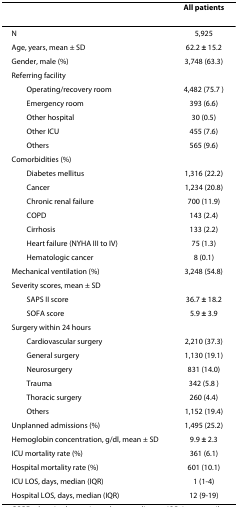
<table><thead><tr><td></td><td><b>All patients</b></td></tr></thead><tbody><tr><td>N</td><td>5,925</td></tr><tr><td>Age, years, mean ± SD</td><td>62.2 <b>± </b>15.2</td></tr><tr><td>Gender, male (%)</td><td>3,748 (63.3)</td></tr><tr><td>Referring facility</td><td></td></tr><tr><td> Operating/recovery room</td><td>4,482 (75.7 )</td></tr><tr><td> Emergency room</td><td>393 (6.6)</td></tr><tr><td> Other hospital</td><td>30 (0.5)</td></tr><tr><td> Other ICU</td><td>455 (7.6)</td></tr><tr><td> Others</td><td>565 (9.6)</td></tr><tr><td>Comorbidities (%)</td><td></td></tr><tr><td> Diabetes mellitus</td><td>1,316 (22.2)</td></tr><tr><td> Cancer</td><td>1,234 (20.8)</td></tr><tr><td> Chronic renal failure</td><td>700 (11.9)</td></tr><tr><td> COPD</td><td>143 (2.4)</td></tr><tr><td> Cirrhosis</td><td>133 (2.2)</td></tr><tr><td> Heart failure (NYHA III to IV)</td><td>75 (1.3)</td></tr><tr><td> Hematologic cancer</td><td>8 (0.1)</td></tr><tr><td>Mechanical ventilation (%)</td><td>3,248 (54.8)</td></tr><tr><td>Severity scores, mean ± SD</td><td></td></tr><tr><td> SAPS II score</td><td>36.7 <b>± </b>18.2</td></tr><tr><td> SOFA score</td><td>5.9 <b>± </b>3.9</td></tr><tr><td>Surgery within 24 hours</td><td></td></tr><tr><td> Cardiovascular surgery</td><td>2,210 (37.3)</td></tr><tr><td> General surgery</td><td>1,130 (19.1)</td></tr><tr><td> Neurosurgery</td><td>831 (14.0)</td></tr><tr><td> Trauma</td><td>342 (5.8 )</td></tr><tr><td> Thoracic surgery</td><td>260 (4.4)</td></tr><tr><td> Others</td><td>1,152 (19.4)</td></tr><tr><td>Unplanned admissions (%)</td><td>1,495 (25.2)</td></tr><tr><td>Hemoglobin concentration, g/dl, mean ± SD</td><td>9.9 <b>± </b>2.3</td></tr><tr><td>ICU mortality rate (%)</td><td>361 (6.1)</td></tr><tr><td>Hospital mortality rate (%)</td><td>601 (10.1)</td></tr><tr><td>ICU LOS, days, median (IQR)</td><td>1 (1-4)</td></tr><tr><td>Hospital LOS, days, median (IQR)</td><td>12 (9-19)</td></tr></tbody></table>